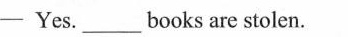
——Yes.___ books are stolen.